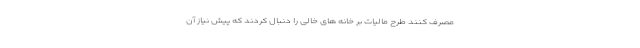
مصرف کنند طرح مالیات بر خانه های خالی را دنبال کردند که پیش نیاز آن